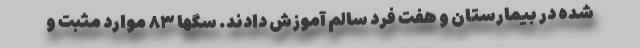
شده در بیمارستان و هفت فرد سالم آموزش دادند. سگها ۸۳ موارد مثبت و